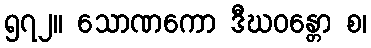
၅၇၂။ သောဏကော ဒီဃဝန္တော စ၊